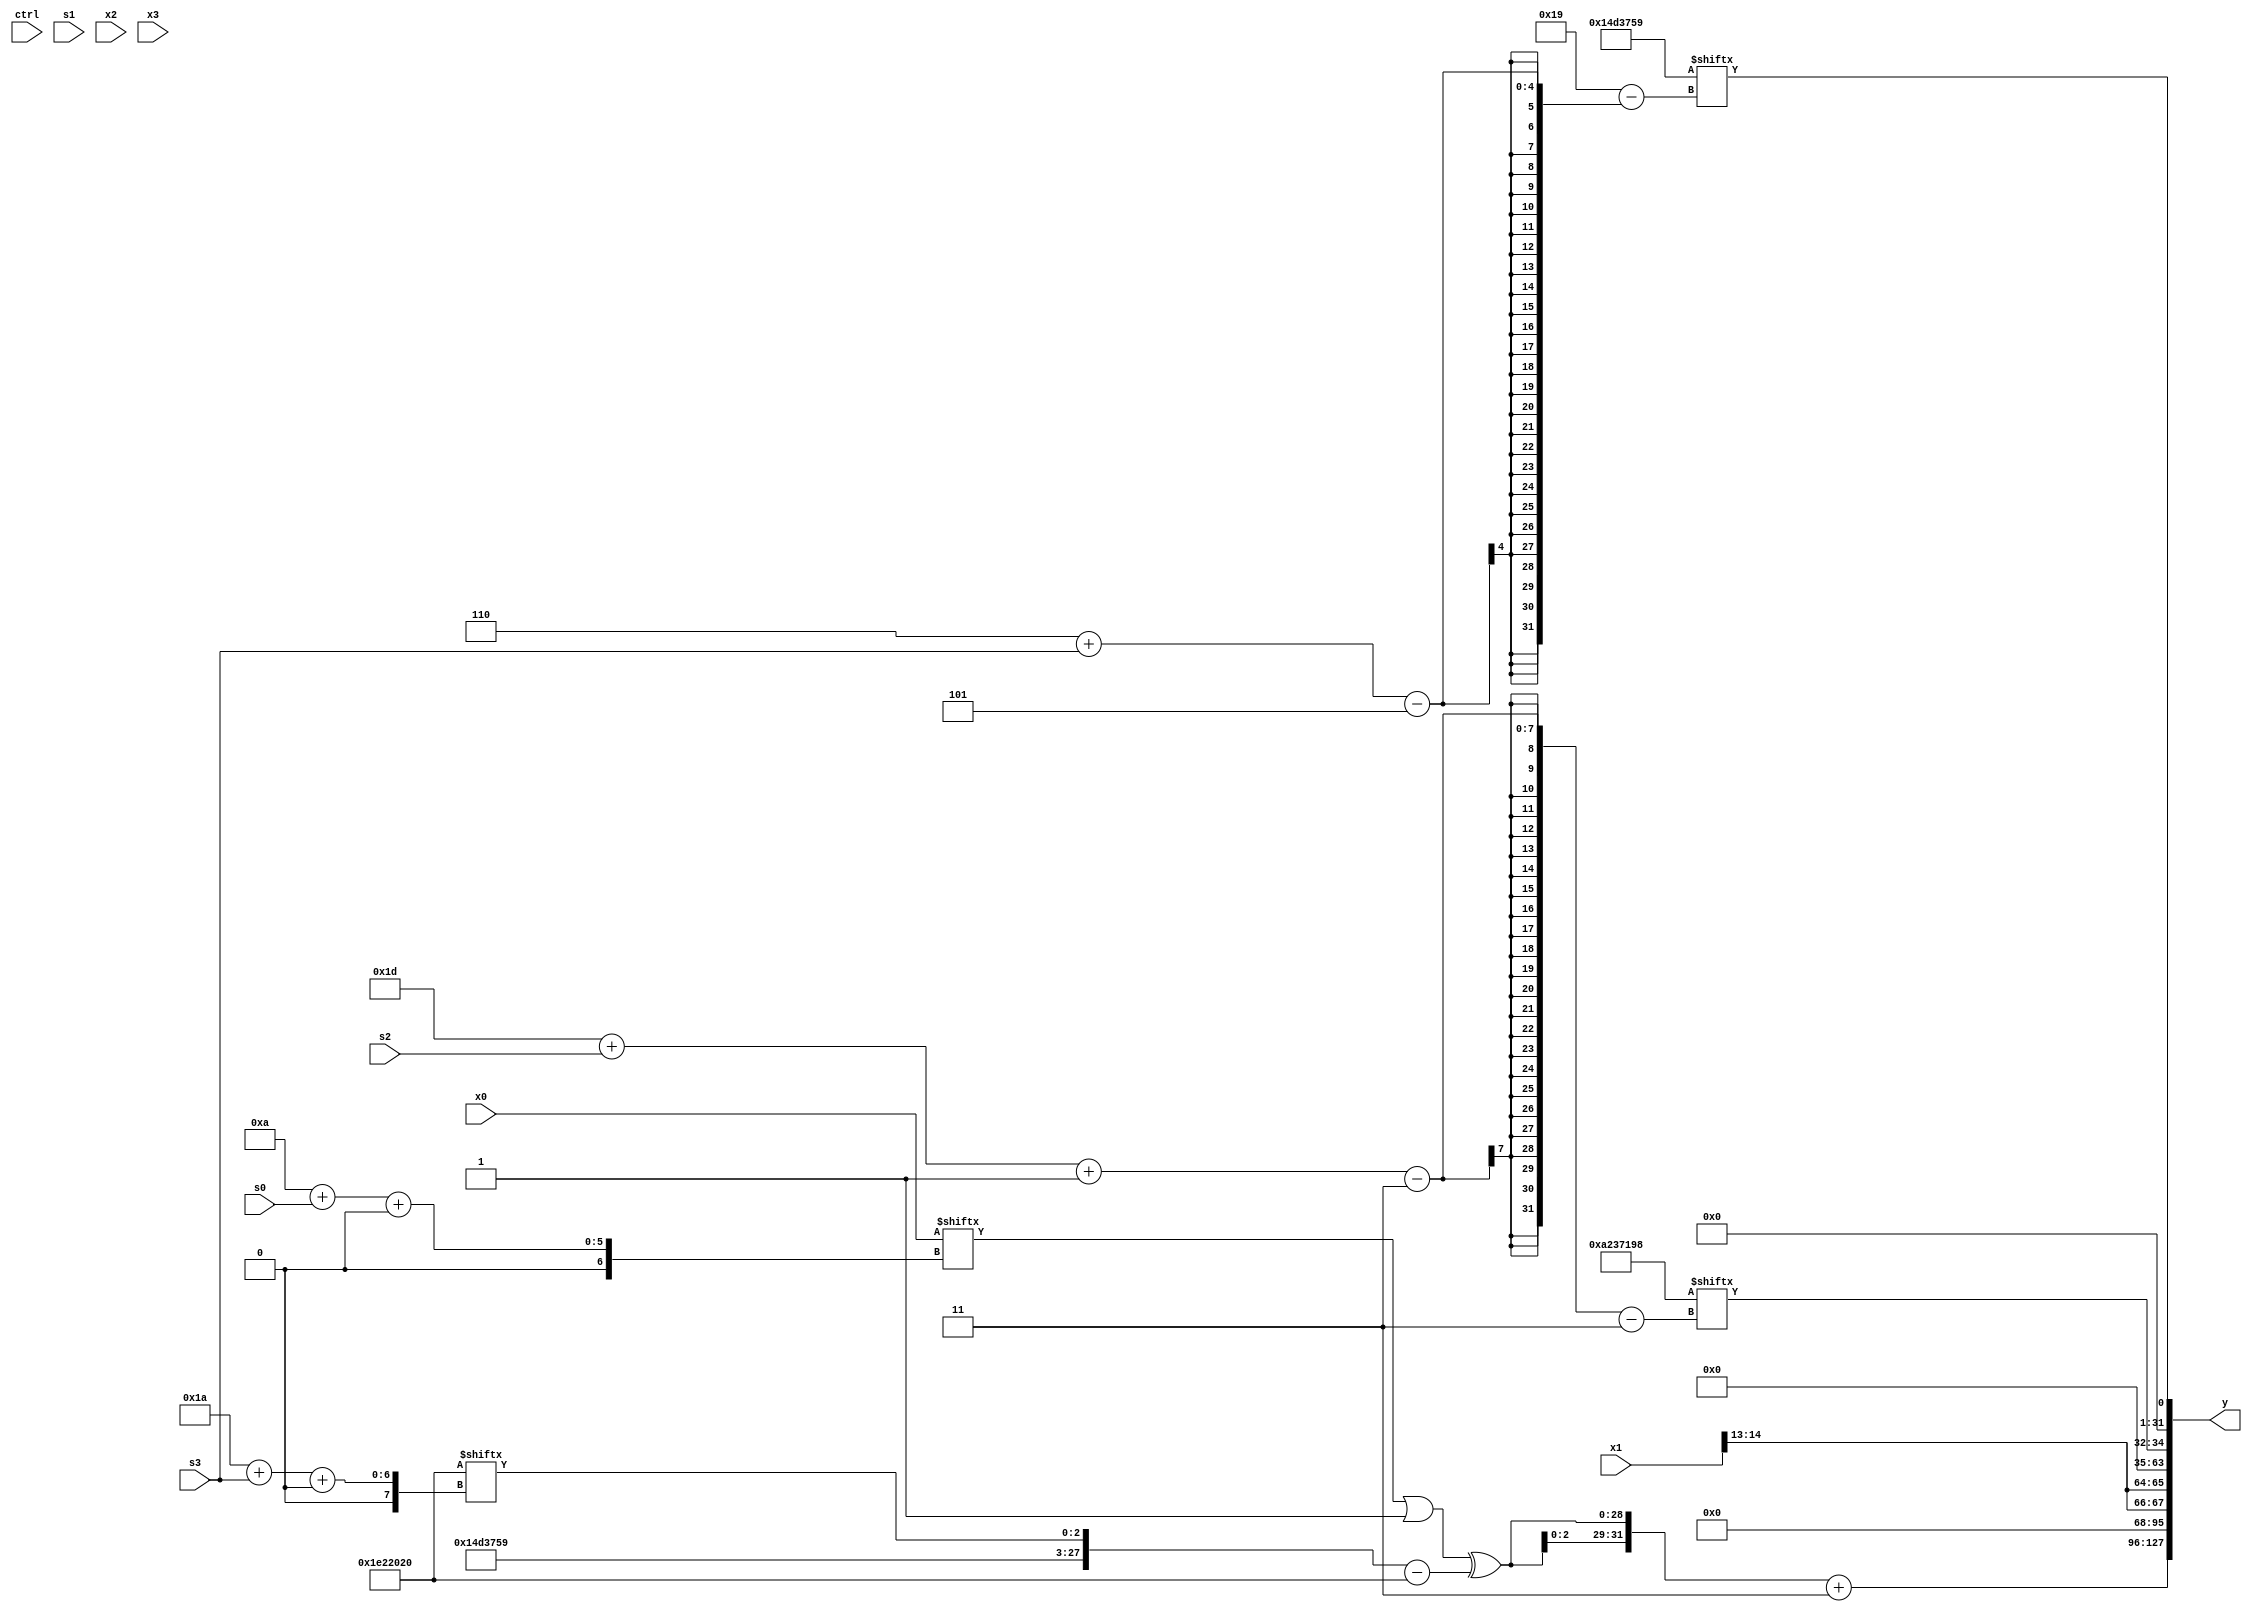
module partsel_00568(ctrl, s0, s1, s2, s3, x0, x1, x2, x3, y);
  input [3:0] ctrl;
  input [2:0] s0;
  input [2:0] s1;
  input [2:0] s2;
  input [2:0] s3;
  input [31:0] x0;
  input [31:0] x1;
  input signed [31:0] x2;
  input signed [31:0] x3;
  wire [1:30] x4;
  wire signed [0:31] x5;
  wire signed [24:1] x6;
  wire [25:5] x7;
  wire signed [6:25] x8;
  wire signed [7:30] x9;
  wire signed [1:31] x10;
  wire signed [7:28] x11;
  wire [29:2] x12;
  wire [5:24] x13;
  wire [4:30] x14;
  wire [7:29] x15;
  output [127:0] y;
  wire [31:0] y0;
  wire [31:0] y1;
  wire [31:0] y2;
  wire [31:0] y3;
  assign y = {y0,y1,y2,y3};
  localparam [24:0] p0 = 132259872;
  localparam signed [5:30] p1 = 894252889;
  localparam signed [25:2] p2 = 348873993;
  localparam signed [30:3] p3 = 975401368;
  assign x4 = p0[17 -: 2];
  assign x5 = {2{(x1[19 + s2 -: 6] ^ (x2[23] | {x0[12 + s2 +: 8], (x3[19 +: 4] ^ p2)}))}};
  assign x6 = (((x1[29 + s1 +: 4] | p1[0 + s3 -: 4]) ^ {{{x2[12 +: 3], (p3[16 + s2 -: 2] + x5)}, x2}, (x0[27 + s1 -: 1] | ((x5[21] & p2[17 +: 3]) + p2[17 + s1 -: 7]))}) & x4[11]);
  assign x7 = {x6[4 + s0], p1};
  assign x8 = ((x1[12 + s0] ^ (((x3 | p0) + (x2 | x3[12 -: 4])) & ({2{p2}} - (x4[10 +: 1] - (x7[14 -: 2] ^ x2[22 + s1 +: 1]))))) ^ x2[20 + s3 -: 6]);
  assign x9 = p2[12 -: 2];
  assign x10 = (ctrl[2] && ctrl[3] || ctrl[1] ? ({x3, {x1, (p1 & p0)}} - p2[17 + s2 -: 3]) : {2{p0[15 + s3 -: 7]}});
  assign x11 = {2{{x7[0 + s2 -: 2], (!ctrl[2] || !ctrl[0] && !ctrl[0] ? p1[23 -: 1] : x8[22])}}};
  assign x12 = (((p2[19 -: 2] & (p0[8 +: 4] ^ (!ctrl[1] && ctrl[2] || !ctrl[1] ? x6[16 -: 3] : p3))) + {((ctrl[1] || !ctrl[1] && !ctrl[3] ? p2[21 -: 3] : p3[14 -: 3]) & p2[17 -: 4]), (x9[12] & {x11[30 + s2 -: 6], x8})}) ^ x7);
  assign x13 = x0[4 + s3 +: 2];
  assign x14 = x9[20 -: 1];
  assign x15 = p2[11 + s1];
  assign y0 = ({2{((x0[10 + s0 +: 8] | p2[12 +: 1]) ^ ({p1, p0[26 + s3 +: 3]} - p0))}} + ((p3[15] | {2{(p3[15 +: 2] & p0)}}) | p0[22 -: 2]));
  assign y1 = {2{x1[14 -: 2]}};
  assign y2 = p3[29 + s2 -: 3];
  assign y3 = p1[6 + s3];
endmodule